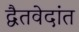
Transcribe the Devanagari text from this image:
द्वैतवेदांत